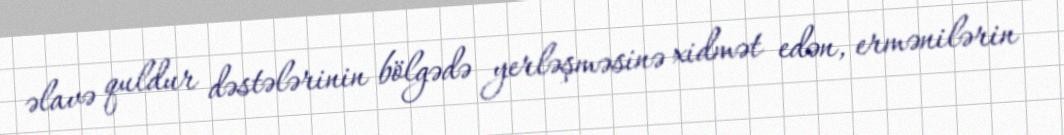
əlavə quldur dəstələrinin bölgədə yerləşməsinə xidmət edən, ermənilərin